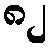
၈၂